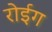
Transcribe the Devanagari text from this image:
रोईग